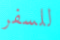
للسفر